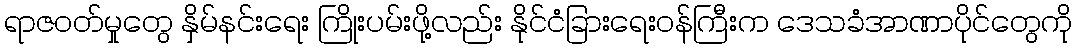
ရာဇဝတ်မှုတွေ နှိမ်နင်းရေး ကြိုးပမ်းဖို့လည်း နိုင်ငံခြားရေးဝန်ကြီးက ဒေသခံအာဏာပိုင်တွေကို